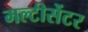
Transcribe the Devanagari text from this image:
मल्टीसेंटर